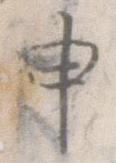
申